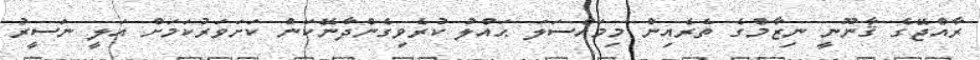
ރާއްޖޭގެ ޤާނޫނީ ނިޒާމްގެ ތެރެއިން މިމައްސަލަ ޙައްލު ކުރެވިގެންދާނޭކަން ކަށަވަރުކަމަށް އަލީ ނަސީރު